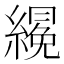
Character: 𱺂